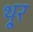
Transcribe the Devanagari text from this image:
थू्र